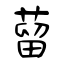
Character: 蒥